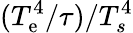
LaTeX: (T_{\mathrm{e}}^{4}/\tau)/T_{s}^{4}